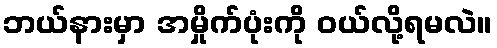
ဘယ်နားမှာ အမှိုက်ပုံးကို ဝယ်လို့ရမလဲ။